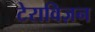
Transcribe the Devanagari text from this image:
टेराविज़न